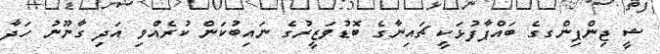
ޝީ ޖިންޕިންގގެ ބައްޕާފުޅަކީ ޗައިނާގެ ބޮޑުވަޒީރުގެ ނައިބުކަން ކުރެއްވި އަދި ގާނޫނު ހަދާ